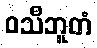
ဝသီဘူတံ